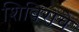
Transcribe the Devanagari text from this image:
शिबिराचे